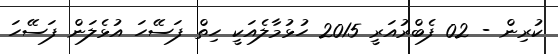
ކުރިން - 02 ފެބްރުއަރީ 2015 ހުޅުމާލެއަކީ ހިތް ފަސޭހަ އުޅެލަން ފަސޭހަ